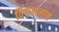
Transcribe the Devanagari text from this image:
विंकलमान